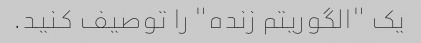
یک "الگوریتم زنده" را توصیف کنید.